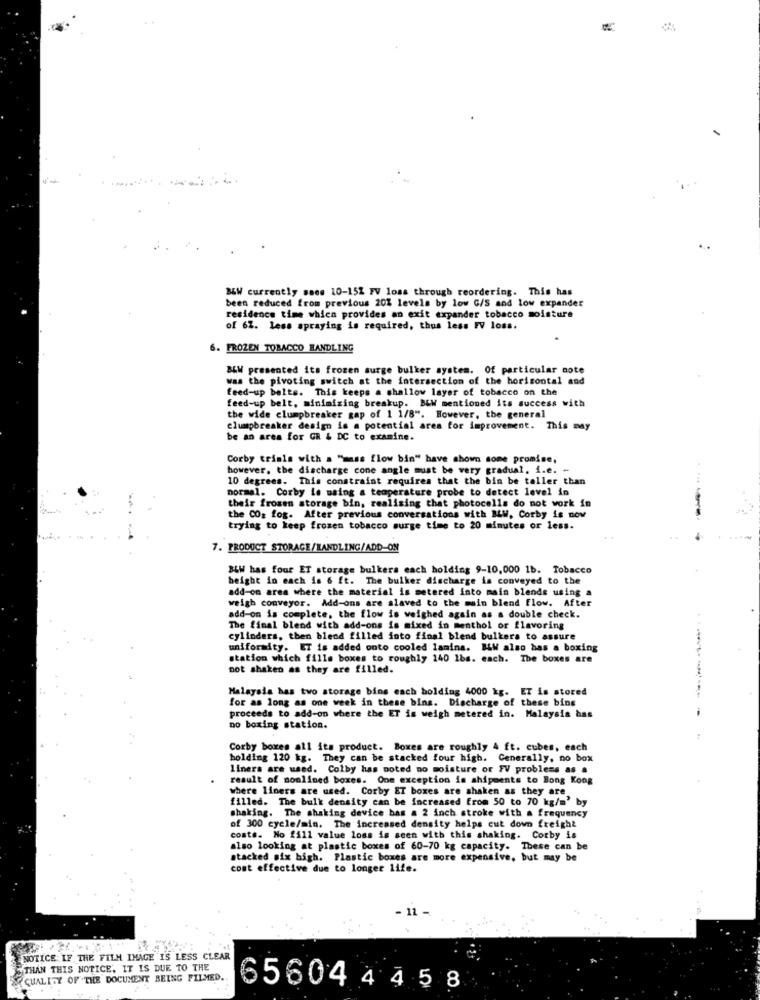
-
B&W currently saes 10-152 FV loss through reordering. This has
been reduced from previous 20% levels by low G/S and low expander
residence time which provides an exit expander tobacco moisture
of 62. Less spraying is required, thus less FV loss.
6. FROZEN TOBACCO HANDLING
BLW presented its frozen surge bulker system. Of particular note
was the pivoting switch at the intersection of the horizontal and
feed-up belts. This keeps a shallow layer of tobacco on the
feed-up belt, minimizing breakup. B&W mentioned its success with
the wide clumpbreaker gap of 1 1/8". However, the general
clumpbreaker design is a potential area for improvement. This may
be an area for GR & DC to examine.
Corby trials with a "muss flow bin" have shown some promise,
however, the discharge cone angle must be very gradual. i.e. -
10 degrees. This constraint requires that the bin be taller than
normal. Corby is using a temperature probe to detect level in
their fromen storage bin, realizing that photocells do not work in
the COg fog. After previous conversations with BLW, Corby is now
trying to keep frozen tobacco surge time to 20 minutes or less.
7. PRODUCT STORAGE/HANDLING/ADD-ON
BLW has four ET storage bulkers each holding 9-10,000 1b. Tobacco
beight in each is 6 ft. The bulker discharge is conveyed to the
add-on area where the material is metered into main blends using a
weigh conveyor. Add-ons are alaved to the main blend flow. After
add-on is complete, the flow is weighed again as a double check.
The final blend with add-ons is mixed in menthol or flavoring
cylinders, then blend filled into final blend bulkers to assure
uniformity. ET is added onto cooled lamina. BLW also has a boxing
station which fills boxes to roughly 140 1bs. each. The boxes are
not shaken as they are filled.
-----
Malayala has two storage bins each bolding 4000 kg. ET is stored
for as long as one week in these bins. Discharge of these bing
proceeds to add-on where the ET is weigh metered in. Malaysia has
no boxing station.
Corby boxes all its product. Boxes are roughly 4 ft. cubes, each
holding 120 kg. They can be stacked four high. Generally, no box
liners are used. Colby has noted no moisture or FV problems as a
result of monlined boxes. One exception is shipments to Bong Kong
where liners are used. Corby ET boxes are shaken as they are
filled. The bulk density can be increased from 50 to 70 kg/m' by
shaking. The shaking device bas a 2 inch stroke with a frequency
of 300 cycle/min. The increased density helps cut down freight
costs. No fill value loss is seen with this shaking. Corby is
also looking at plastic boxes of 60-70 kg capacity. These can be
stacked six high. Plastic boxes are more expensive, but may be
cost effective due to longer life.
- 11
NOTICE IF THE FILM IMAGE IS LESS CLEAR
THAN THIS NOTICE. IT IS DUE TO THE
QUALITY OF THE DOCUMENT BEING FILMED.
6560444 5 8